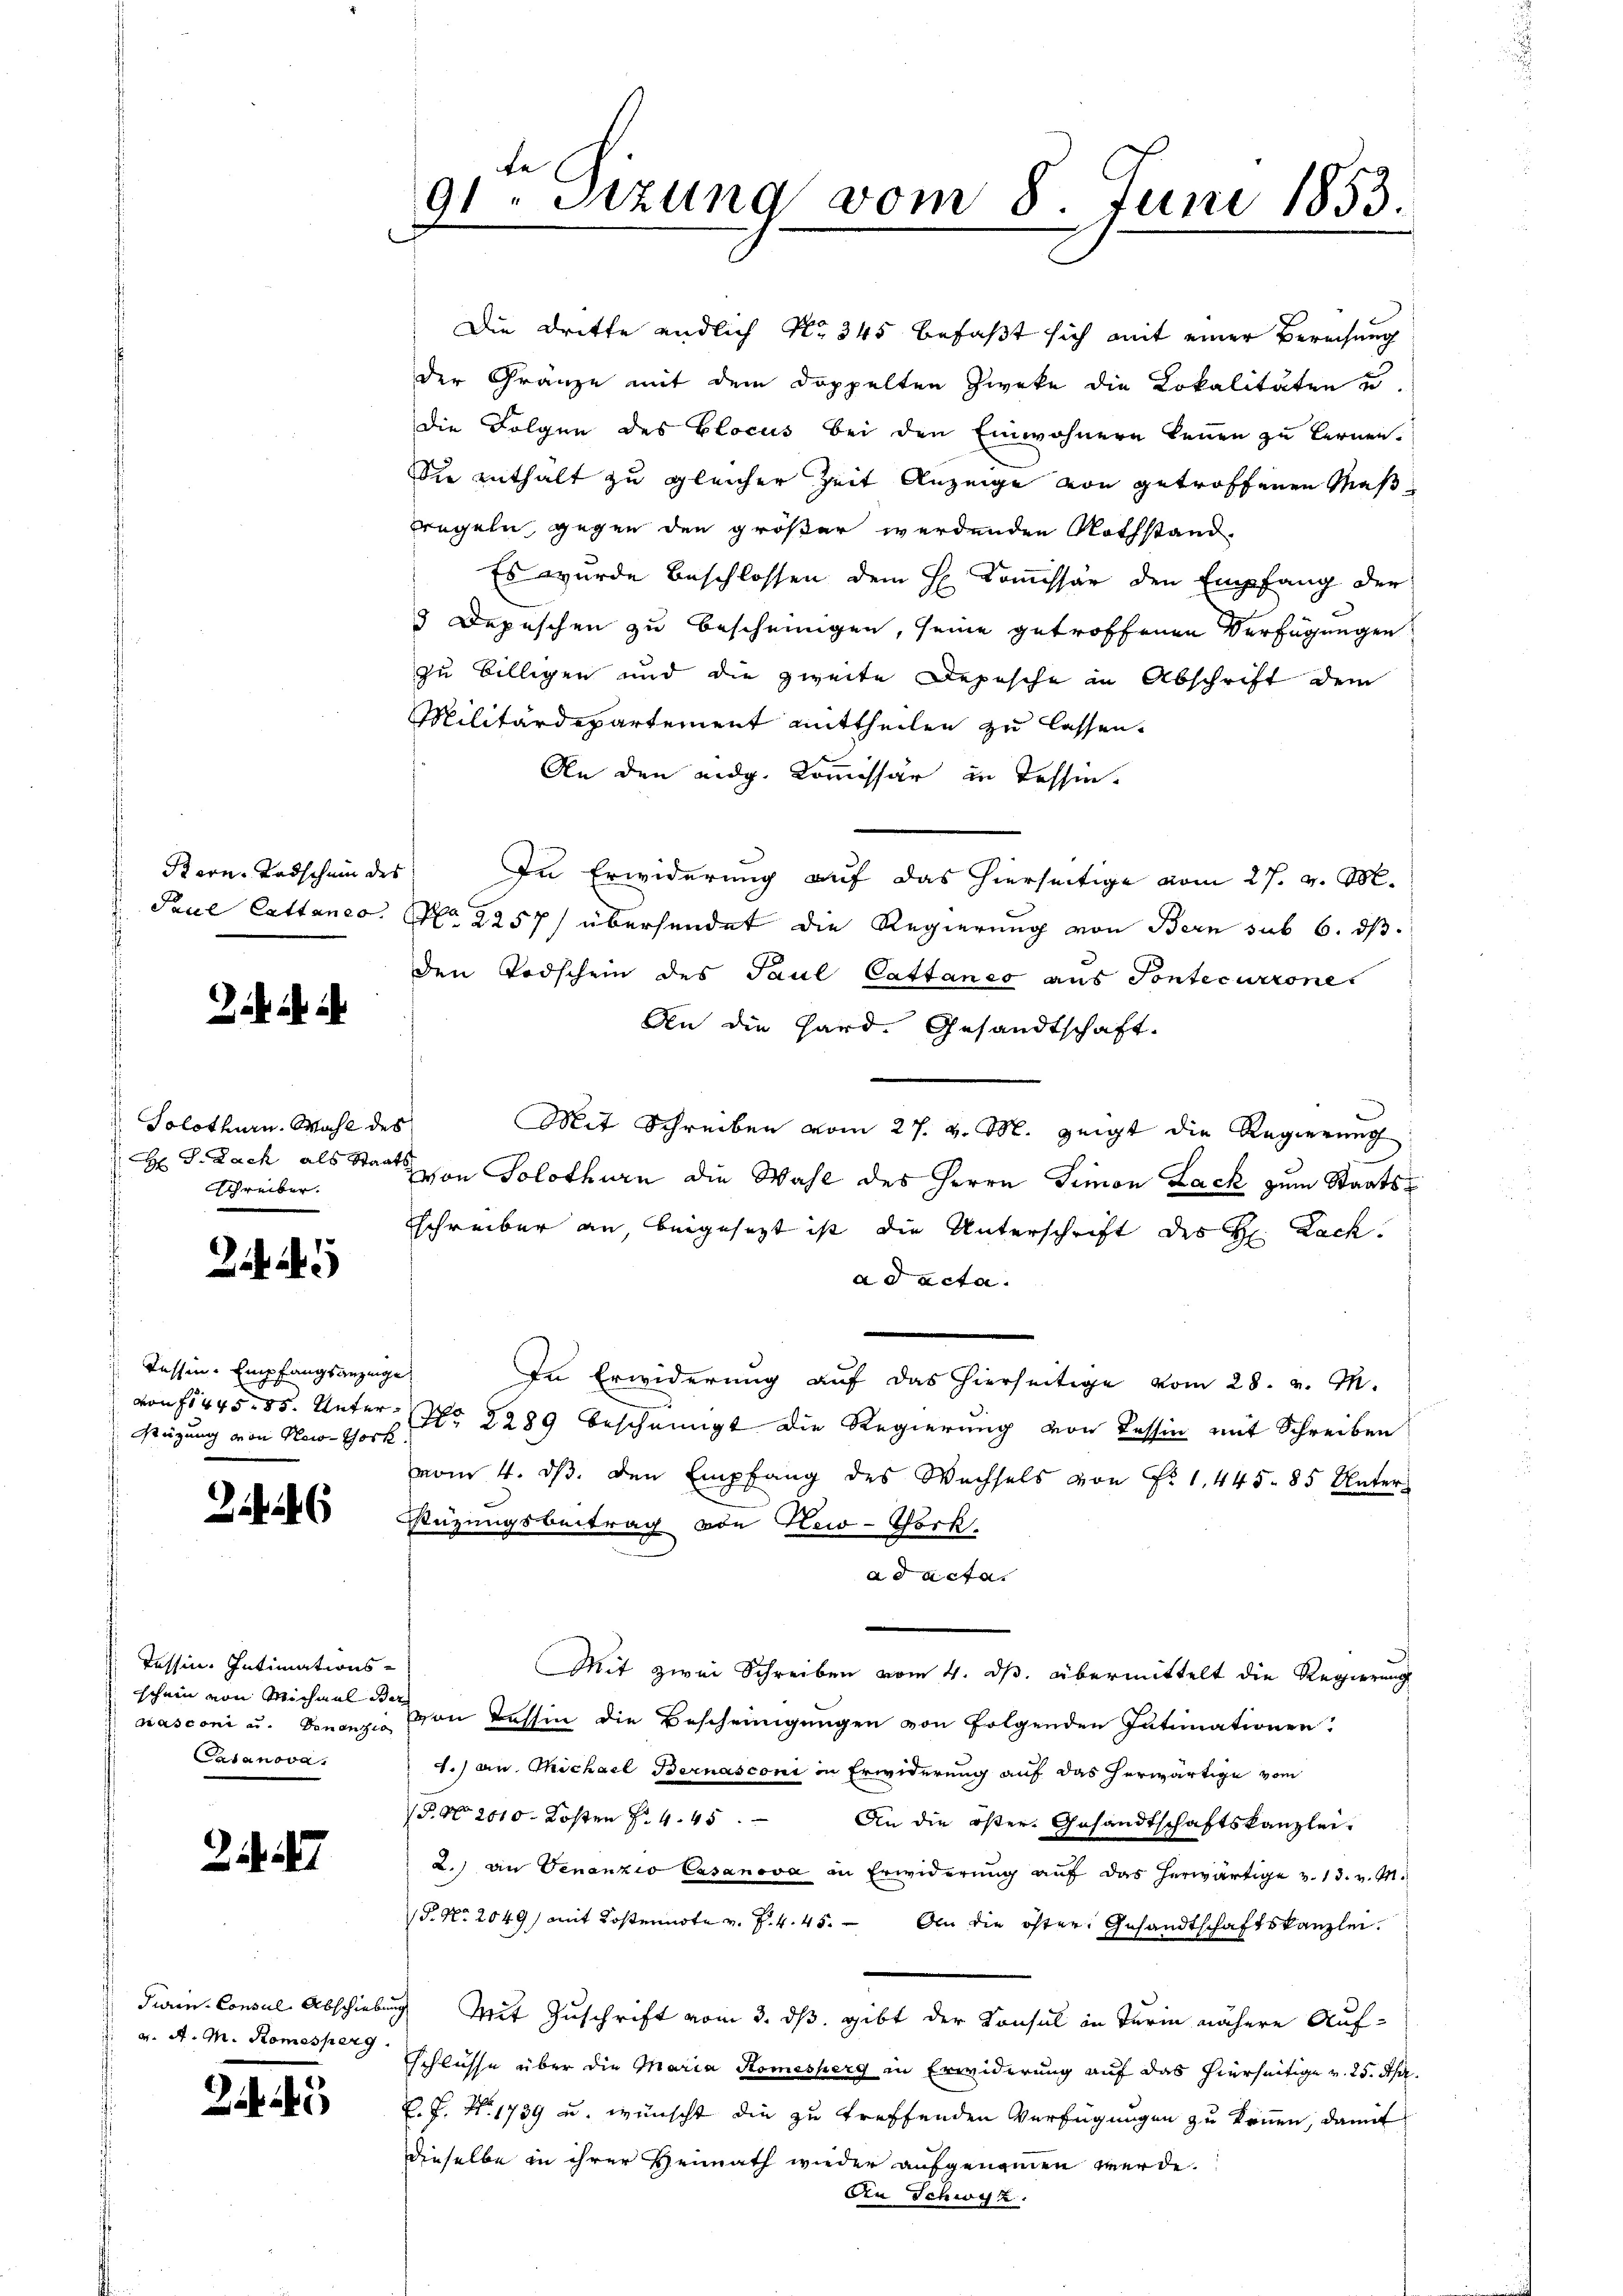
Stern-Todschein des

Solothurn. Wahl des
H S. Zach als Staats
Schreiber.

245

Kassen. Empfangsanzüge
Stützung von New-York

6

Tessin. Intimationsschein von Michmal dar
Casanova

2.

v. A. M. Romesperg.

te
91. Sizung vom 8. Juni 1853.

Die Dritte endlich No 345 befaßt sich mit einer Berechung
der Gränze mit dem doppelten Zweke die Lokalitäten u.
die Folgen des Elocus bei den Einwohnern kennen zu lernen.
die enthält zu gleicher Zeit Anzeige von getroffenen Maß
tregeln, gegen den größer werdenden Nothstand-
Es wurde beschlossen dem H Commissär den Empfang der
3 Depeschen zu bescheinigen, seine getroffenen Verfügungen
zu billigen und die zweite Depesche in Abschrift dem
Militärdepartement mittheilen zu lassen.
An den eidg. Kommissär in Tessin¬
In Erwiderung auf das hierseitige vom 27. v. M.
Paul Cattaneo. No. 2257/ übersendet die Regierung von Bern sub 6. ds.
den Todschein des Paul Cattanco aus Pontecurrone
An die Hard. Gesandtschaft.
Mit Schreiben vom 27. v. M. zeigt die Regierŭng
von Solothurn die Wahl des Herrn Simon Lack zum Staatsschreiber an, beigesetzt ist, die Unterschrift des H. Lack.
ad acta.
In Erwiderung auf das hierseitige vom 28. v. M.
von 1445. 85. Unter No 2289 bescheinigt die Regierung von Tessin mit Schreiben
vom 4. dβ. den Empfang des Wachsels von Fr. 1, 445. 85 Unter-
tüzungsbeitrag von New-York
ad acta.
Mit zwei Schreiben vom 4. ds. übermittelt die Regierung
masconi u. Finanz von Tessin die Bescheinigungen von folgenden Intimationen
1.) an Michael Bernasconi in Erwiderung auf das herwärtige vom
P.No 2010. Kosten f. 445.
An die öster Gesandtschaftskanzlei-
2.) an Genanzio Casanova an Erwiderung auf das herwärtige v. 13. v. M.
P. Nr. 2049) mit Kostennote v. J. 4. 45. An die öfter Gesandtschaftskanzlei.
Juin Consul Abschiebung Mit Zuschrift vom 3. ds. gibt der Konsul in Turin nähere Auf¬
Eschlüsse über die Maria Komesserg in Erwiderung auf das hierseitige v. 25. Apr.
E. P. Nr. 1739 u. wünscht die zu treffenden Verfügungen zu können, damit
dieselbe in ihrer Heimath wieder aufgenommen werde.
An Schwyz.